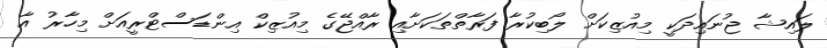
ލައިޝާ ޖުނައިދަކީ މިއުޒިކަށް ލޯބިކުރާ ފަރާތްތަކަށާއި ރާއްޖޭގެ މިއުޒިކް އިންޑަސްޓްރީއަށް މިހާރު އާ